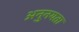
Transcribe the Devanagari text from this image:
अनुनयता